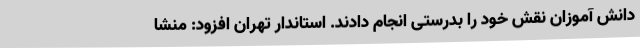
دانش آموزان نقش خود را بدرستی انجام دادند. استاندار تهران افزود: منشا